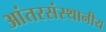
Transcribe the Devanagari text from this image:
आंतरसंस्थानीय